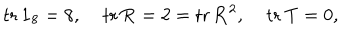
LaTeX: \mathrm { t r } \, \mathbf { 1 } _ { 8 } = 8 , \; \mathrm { t r } \, \mathbf { R } = 2 = \mathrm { t r } \, \mathbf { R } ^ { 2 } , \; \mathrm { t r } \, \mathbf { T } = 0 ,